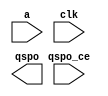
module dmg_72_9ec52875c6eb4958(
  a,
  clk,
  qspo_ce,
  qspo
);

input [3 : 0] a;
input clk;
input qspo_ce;
output [2 : 0] qspo;

// synthesis translate_off

  DIST_MEM_GEN_V7_2 #(
    .C_ADDR_WIDTH(4),
    .C_DEFAULT_DATA("0"),
    .C_DEPTH(16),
    .C_FAMILY("kintex7"),
    .C_HAS_CLK(1),
    .C_HAS_D(0),
    .C_HAS_DPO(0),
    .C_HAS_DPRA(0),
    .C_HAS_I_CE(0),
    .C_HAS_QDPO(0),
    .C_HAS_QDPO_CE(0),
    .C_HAS_QDPO_CLK(0),
    .C_HAS_QDPO_RST(0),
    .C_HAS_QDPO_SRST(0),
    .C_HAS_QSPO(1),
    .C_HAS_QSPO_CE(1),
    .C_HAS_QSPO_RST(0),
    .C_HAS_QSPO_SRST(0),
    .C_HAS_SPO(0),
    .C_HAS_SPRA(0),
    .C_HAS_WE(0),
    .C_MEM_INIT_FILE("dmg_72_9ec52875c6eb4958.mif"),
    .C_MEM_TYPE(0),
    .C_PARSER_TYPE(1),
    .C_PIPELINE_STAGES(0),
    .C_QCE_JOINED(0),
    .C_QUALIFY_WE(0),
    .C_READ_MIF(1),
    .C_REG_A_D_INPUTS(0),
    .C_REG_DPRA_INPUT(0),
    .C_SYNC_ENABLE(1),
    .C_WIDTH(3)
  )
  inst (
    .A(a),
    .CLK(clk),
    .QSPO_CE(qspo_ce),
    .QSPO(qspo),
    .D(),
    .DPRA(),
    .SPRA(),
    .WE(),
    .I_CE(),
    .QDPO_CE(),
    .QDPO_CLK(),
    .QSPO_RST(),
    .QDPO_RST(),
    .QSPO_SRST(),
    .QDPO_SRST(),
    .SPO(),
    .DPO(),
    .QDPO()
  );

// synthesis translate_on

endmodule